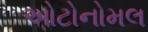
ઓટોનોમલ